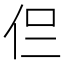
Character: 𠇝